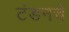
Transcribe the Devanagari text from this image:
टंडनचे